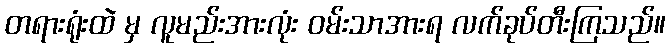
တရားရုံးထဲ မှ လူမည်းအားလုံး ဝမ်းသာအားရ လက်ခုပ်တီးကြသည်။